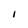
Character: I